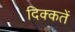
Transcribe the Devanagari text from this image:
दिक्‍कतें